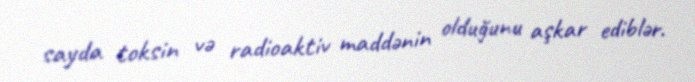
sayda toksin və radioaktiv maddənin olduğunu aşkar ediblər.